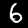
Digit: 6